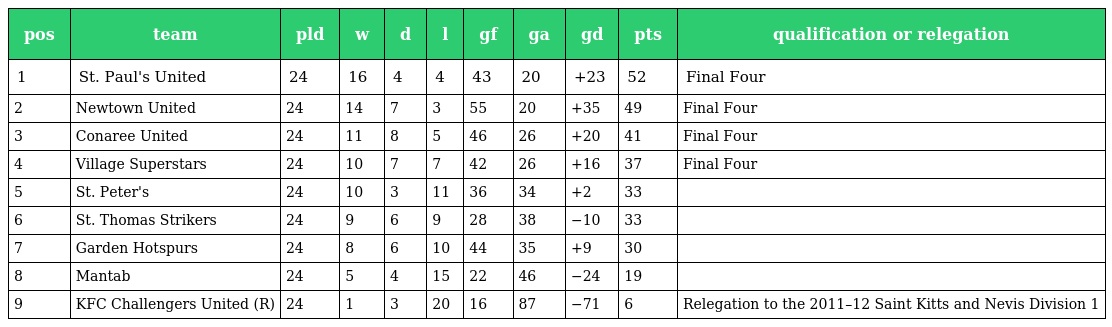
| pos | team | pld | w | d | l | gf | ga | gd | pts | qualification or relegation |
 | --- | --- | --- | --- | --- | --- | --- | --- | --- | --- | --- |
 | 1 | St. Paul's United | 24 | 16 | 4 | 4 | 43 | 20 | +23 | 52 | Final Four |
 | 2 | Newtown United | 24 | 14 | 7 | 3 | 55 | 20 | +35 | 49 | Final Four |
 | 3 | Conaree United | 24 | 11 | 8 | 5 | 46 | 26 | +20 | 41 | Final Four |
 | 4 | Village Superstars | 24 | 10 | 7 | 7 | 42 | 26 | +16 | 37 | Final Four |
 | 5 | St. Peter's | 24 | 10 | 3 | 11 | 36 | 34 | +2 | 33 |  |
 | 6 | St. Thomas Strikers | 24 | 9 | 6 | 9 | 28 | 38 | −10 | 33 |  |
 | 7 | Garden Hotspurs | 24 | 8 | 6 | 10 | 44 | 35 | +9 | 30 |  |
 | 8 | Mantab | 24 | 5 | 4 | 15 | 22 | 46 | −24 | 19 |  |
 | 9 | KFC Challengers United (R) | 24 | 1 | 3 | 20 | 16 | 87 | −71 | 6 | Relegation to the 2011–12 Saint Kitts and Nevis Division 1 |